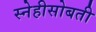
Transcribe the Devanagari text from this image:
स्नेहीसोबती